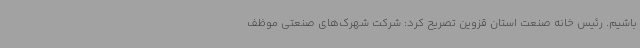
باشیم. رئیس خانه صنعت استان قزوین تصریح کرد: شرکت شهرک‌های صنعتی موظف